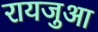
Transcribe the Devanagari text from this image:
रायजुआ